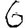
Digit: 6